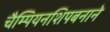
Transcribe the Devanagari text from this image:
चैम्पियनशिपबनाने